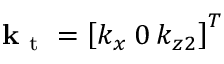
\mathbf { k } _ { \mathrm { ~ t ~ } } = \left[ k _ { x } \: 0 \: k _ { z 2 } \right] ^ { T }